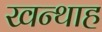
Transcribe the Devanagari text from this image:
खन्‍थाह